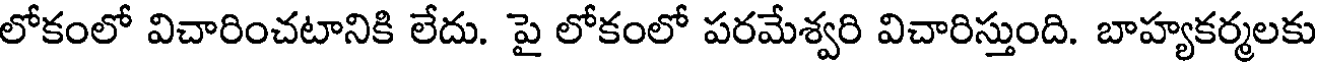
లోకంలో విచారించటానికి లేదు. పై లోకంలో పరమేశ్వరి విచారిస్తుంది. బాహ్యకర్మలకు